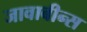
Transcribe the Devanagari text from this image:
जावाबीन्स